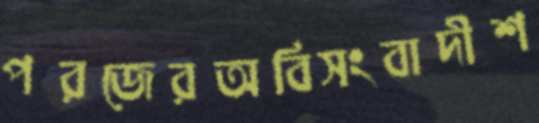
পরজেরঅবিসংবাদীশ